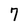
Character: 7